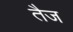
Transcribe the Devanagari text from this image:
तैज